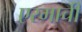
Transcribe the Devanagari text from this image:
एरमाची